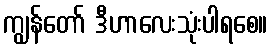
ကျွန်တော် ဒီဟာလေးသုံးပါရစေ။